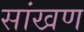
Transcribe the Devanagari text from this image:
सांखण